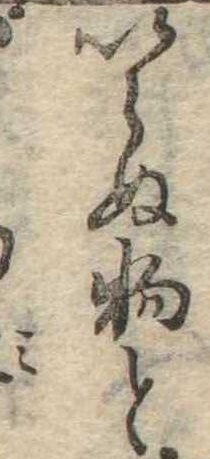
いらぬ物と